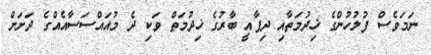
ނަމަވެސް ފުލުހުންގެ ޚިދުމަތާއި ދިފާއީ ބާރުގެ ޚިދުމަތް ވަކި ދެ މުއައްސަސާއެއްގެ ދަށަށް